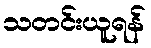
သတင်းယူရန်